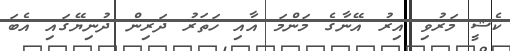
ކެޝީ މަރުވި އިރު އޭނާގެ މަންމަ އާއި ހަތަރު ދަރިން ދުނިޔޭގައި އެބަ